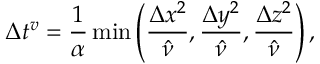
\Delta t ^ { v } = \frac { 1 } { \alpha } \operatorname* { m i n } \left( \frac { \Delta x ^ { 2 } } { \hat { \nu } } , \frac { \Delta y ^ { 2 } } { \hat { \nu } } , \frac { \Delta z ^ { 2 } } { \hat { \nu } } \right) ,